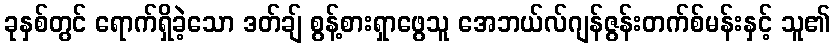
ခုနှစ်တွင် ရောက်ရှိခဲ့သော ဒတ်ချ် စွန့်စားရှာဖွေသူ အေဘယ်လ်ဂျန်ဇွန်းတက်စ်မန်းနှင့် သူ၏